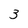
Character: 3